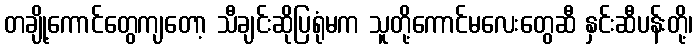
တချို့ကောင်တွေကျတော့ သီချင်းဆိုပြရုံမက သူတို့ကောင်မလေးတွေဆီ နှင်းဆီပန်းတို့၊